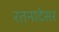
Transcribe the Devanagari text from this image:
रतनादेसर